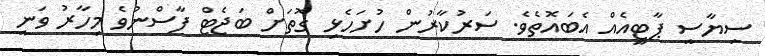
ސިޔާސީ ޕާޓީއެއް އެބައޮތެވެ. ސަރުކާރުން ހުށަހެޅި ގޮތަށް ބަޖެޓް ފާސްނުވެ މިހާރު ވަނީ